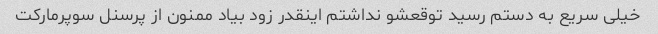
خیلی سریع به دستم رسید توقعشو نداشتم اینقدر زود بیاد ممنون از پرسنل سوپرمارکت